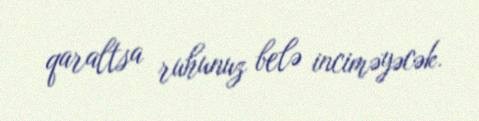
qaraltsa ruhunuz belə inciməyəcək.